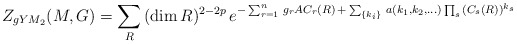
\begin{align*}Z_{gYM_2}(M, G)= \sum_{R} \,(\dim R)^{2-2p}\, e^{-\sum_{r=1}^n \, g_r A C_r(R)\, +\, \sum_{\{ k_i \}} \, a(k_1,k_2, \ldots) \prod_s \, (C_s(R))^{k_s}}\end{align*}